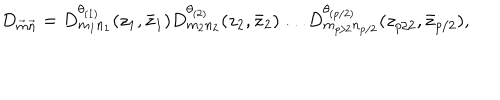
D _ { \vec { m } \vec { n } } = D _ { m _ { 1 } n _ { 1 } } ^ { \theta _ { ( 1 ) } } ( z _ { 1 } , \bar { z } _ { 1 } ) D _ { m _ { 2 } n _ { 2 } } ^ { \theta _ { ( 2 ) } } ( z _ { 2 } , \bar { z } _ { 2 } ) \dots D _ { m _ { p / 2 } n _ { p / 2 } } ^ { \theta _ { ( p / 2 ) } } ( z _ { p / 2 } , \bar { z } _ { p / 2 } ) ,